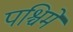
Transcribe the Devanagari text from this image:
पश्चिमें